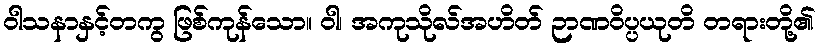
ဝါသနာနှင့်တကွ ဖြစ်ကုန်သော။ ဝါ၊ အကုသိုလ်အဟိတ် ဉာဏဝိပ္ပယုတိ တရားတို့၏